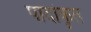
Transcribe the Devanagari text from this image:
पादांकृत